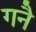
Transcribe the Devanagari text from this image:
गनै